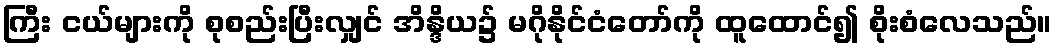
ကြီး ငယ်များကို စုစည်းပြီးလျှင် အိန္ဒိယ၌ မဂိုနိုင်ငံတော်ကို ထူထောင်၍ စိုးစံလေသည်။